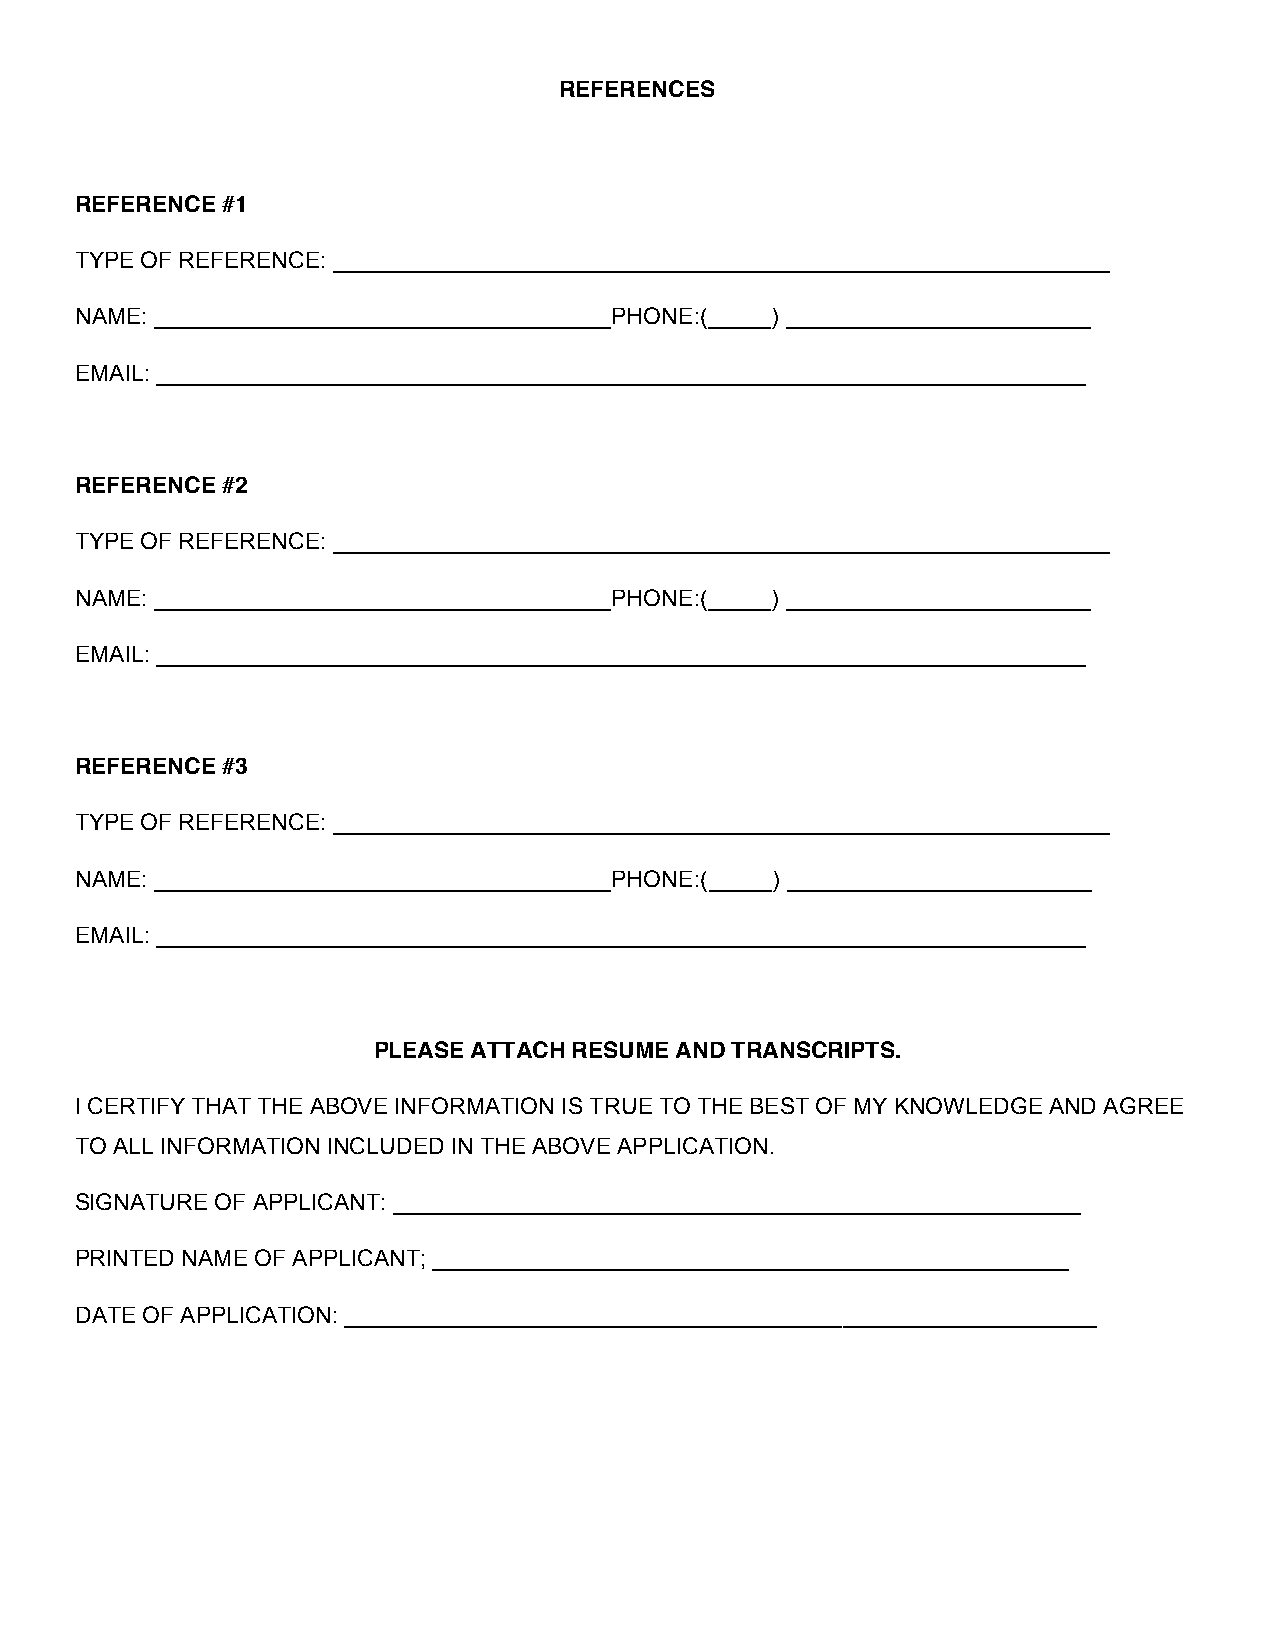
REFERENCES
 REFERENCE #1
 TYPE OF REFERENCE: _____________________________________________________________
 NAME: ____________________________________PHONE:(_____) ________________________
 EMAIL: _________________________________________________________________________
 REFERENCE #2
 TYPE OF REFERENCE: _____________________________________________________________
 NAME: ____________________________________PHONE:(_____) ________________________
 EMAIL: _________________________________________________________________________
 REFERENCE #3
 TYPE OF REFERENCE: _____________________________________________________________
 NAME: ____________________________________PHONE:(_____) ________________________
 EMAIL: _________________________________________________________________________
 PLEASE ATTACH RESUME AND TRANSCRIPTS.
 I CERTIFY THAT THE ABOVE INFORMATION IS TRUE TO THE BEST OF MY KNOWLEDGE AND AGREE
 TO ALL INFORMATION INCLUDED IN THE ABOVE APPLICATION.
 SIGNATURE OF APPLICANT: ______________________________________________________
 PRINTED NAME OF APPLICANT; __________________________________________________
 DATE OF APPLICATION: ___________________________________________________________